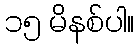
၁၅ မိနစ်ပါ။